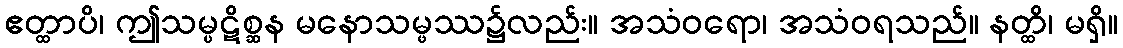
ဧတ္ထာပိ၊ ဤသမ္ပဋိစ္ဆန မနောသမ္ဖဿ၌လည်း။ အသံဝရော၊ အသံဝရသည်။ နတ္ထိ၊ မရှိ။